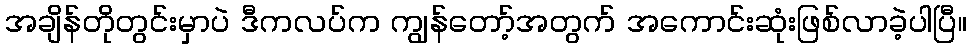
အချိန်တိုတွင်းမှာပဲ ဒီကလပ်က ကျွန်တော့်အတွက် အကောင်းဆုံးဖြစ်လာခဲ့ပါပြီ။